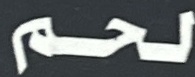
لحم